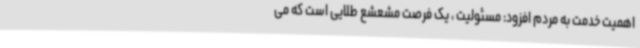
اهمیت خدمت به مردم افزود: مسئولیت ، یک فرصت مشعشع طلایی است که می